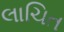
લાચિત